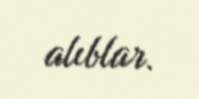
alıblar.